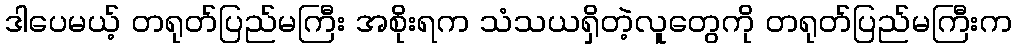
ဒါပေမယ့် တရုတ်ပြည်မကြီး အစိုးရက သံသယရှိတဲ့လူတွေကို တရုတ်ပြည်မကြီးက